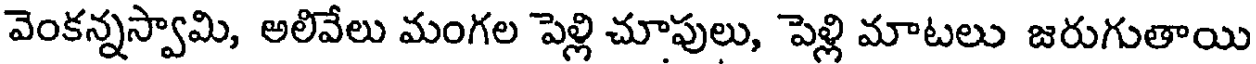
వెంకన్నస్వామి, అలివేలు మంగల పెళ్లి చూపులు, పెళ్లి మాటలు జరుగుతాయి